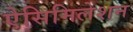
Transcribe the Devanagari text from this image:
ऐसिमिलेशन